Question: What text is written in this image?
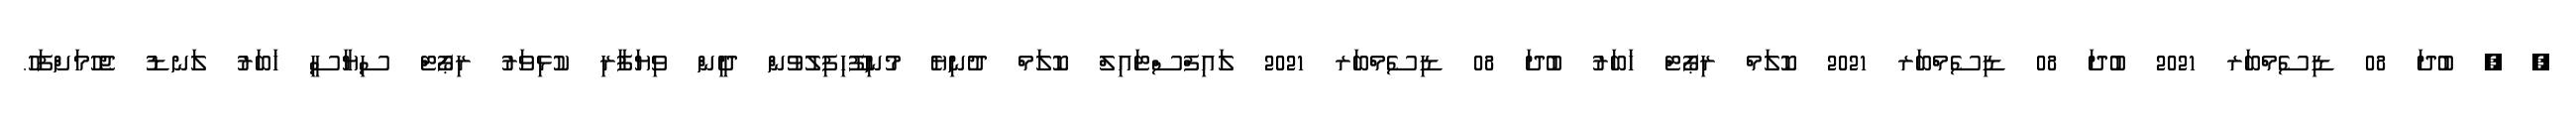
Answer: , , ބުދަ 08 ޑިސެމްބަރ 2021 ބުދަ 08 ޑިސެމްބަރ 2021 ކޮލަމް ރިޕޯޓް ޚަބަރު ބުދަ 08 ޑިސެމްބަރ 2021 ލައިފްސްޓައިލް ކޮލަމް ދުނިޔެ މުނިފޫހިފިލުވުން ދީން ވިޔަފާރި ކުޅިވަރު ރިޕޯޓް ސިޔާސީ ޚަބަރު ލަނޑު ޖެހުމަށްފަހު.